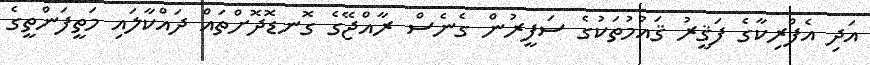
އަދި އެފްރިކާގެ ފަޤީރު ޤައުމުތަކުގެ ސަފީރުން ގެނެސް ރާއްޖޭގެ ގޮނޑޮދޮށްތައް ދައްކާލައި މަތީފަންތީގެ